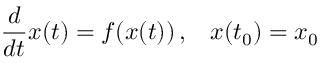
{ \frac { d } { d t } } x ( t ) = f ( x ( t ) ) \, \mathrm { , } \quad x ( t _ { 0 } ) = x _ { 0 }